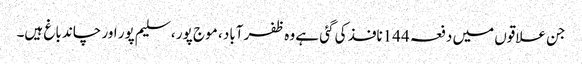
جن علاقوں میں دفعہ 144نافذ کی گئی ہے وہ ظفر آباد ، موج پور ، سلیم پور اور چاند باغ ہیں۔